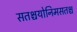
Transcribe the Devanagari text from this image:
सतश्चयोनिमसतश्च